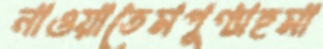
নাওয়াতেমপুণ্যাহমা